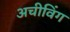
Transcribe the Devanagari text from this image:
अचीविंग